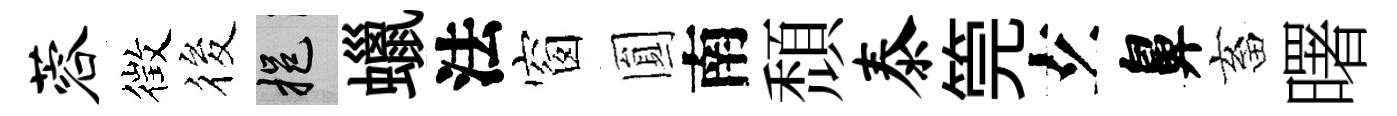
蓉徴筱挹蠟法窗圎南頹泰筦𤣥鼻畜曙